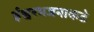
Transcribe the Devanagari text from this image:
ईश्वरभजनाकडे